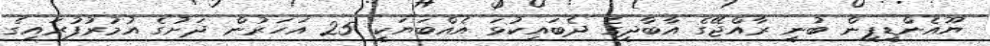
ޔޫއެންޑީޕީން ބުނީ ރާއްޖޭގެ އާބާދީގެ ދެބައިކުޅަ އެއްބަޔަކީ 25 އަހަރުން ދަށުގެ އުމުރުފުރައިގެ